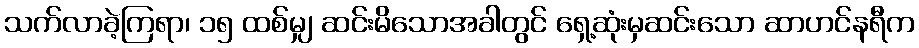
သက်လာခဲ့ကြရာ၊ ၁၅ ထစ်မျှ ဆင်းမိသောအခါတွင် ရှေ့ဆုံးမှဆင်းသော ဆာဟင်နရီက